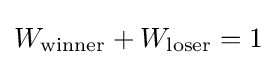
W_{\text{winner}}+W_{\text{loser}}=1